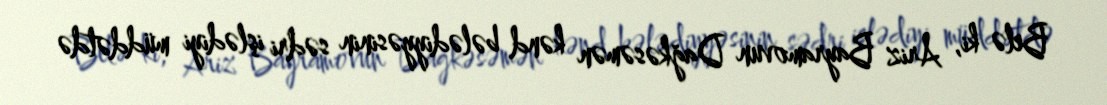
Belə ki, Ariz Bayramovun Dağkəsəmən kənd bələdiyyəsinin sədri işlədiyi müddətdə